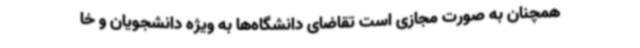
همچنان به صورت مجازی است تقاضای دانشگاه‌ها به ویژه دانشجویان و خا